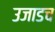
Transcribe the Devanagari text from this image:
उजाडच